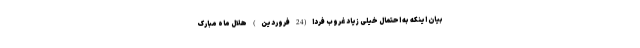
بیان اینکه به احتمال خیلی زیاد غروب فردا(24 فروردین) هلال ماه مبارک